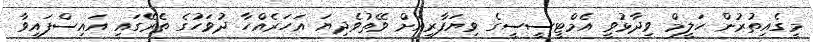
މީގެއިތުރުން ހަލީމް ވިދާޅުވީ އެމްޓީސީސީގެ ވިޔަފާރިއަށް ވޭތުވެދިޔަ އަހަރެއްހާ ދުވަހުގެ ތެރޭގައި އައިސްފައިވާ